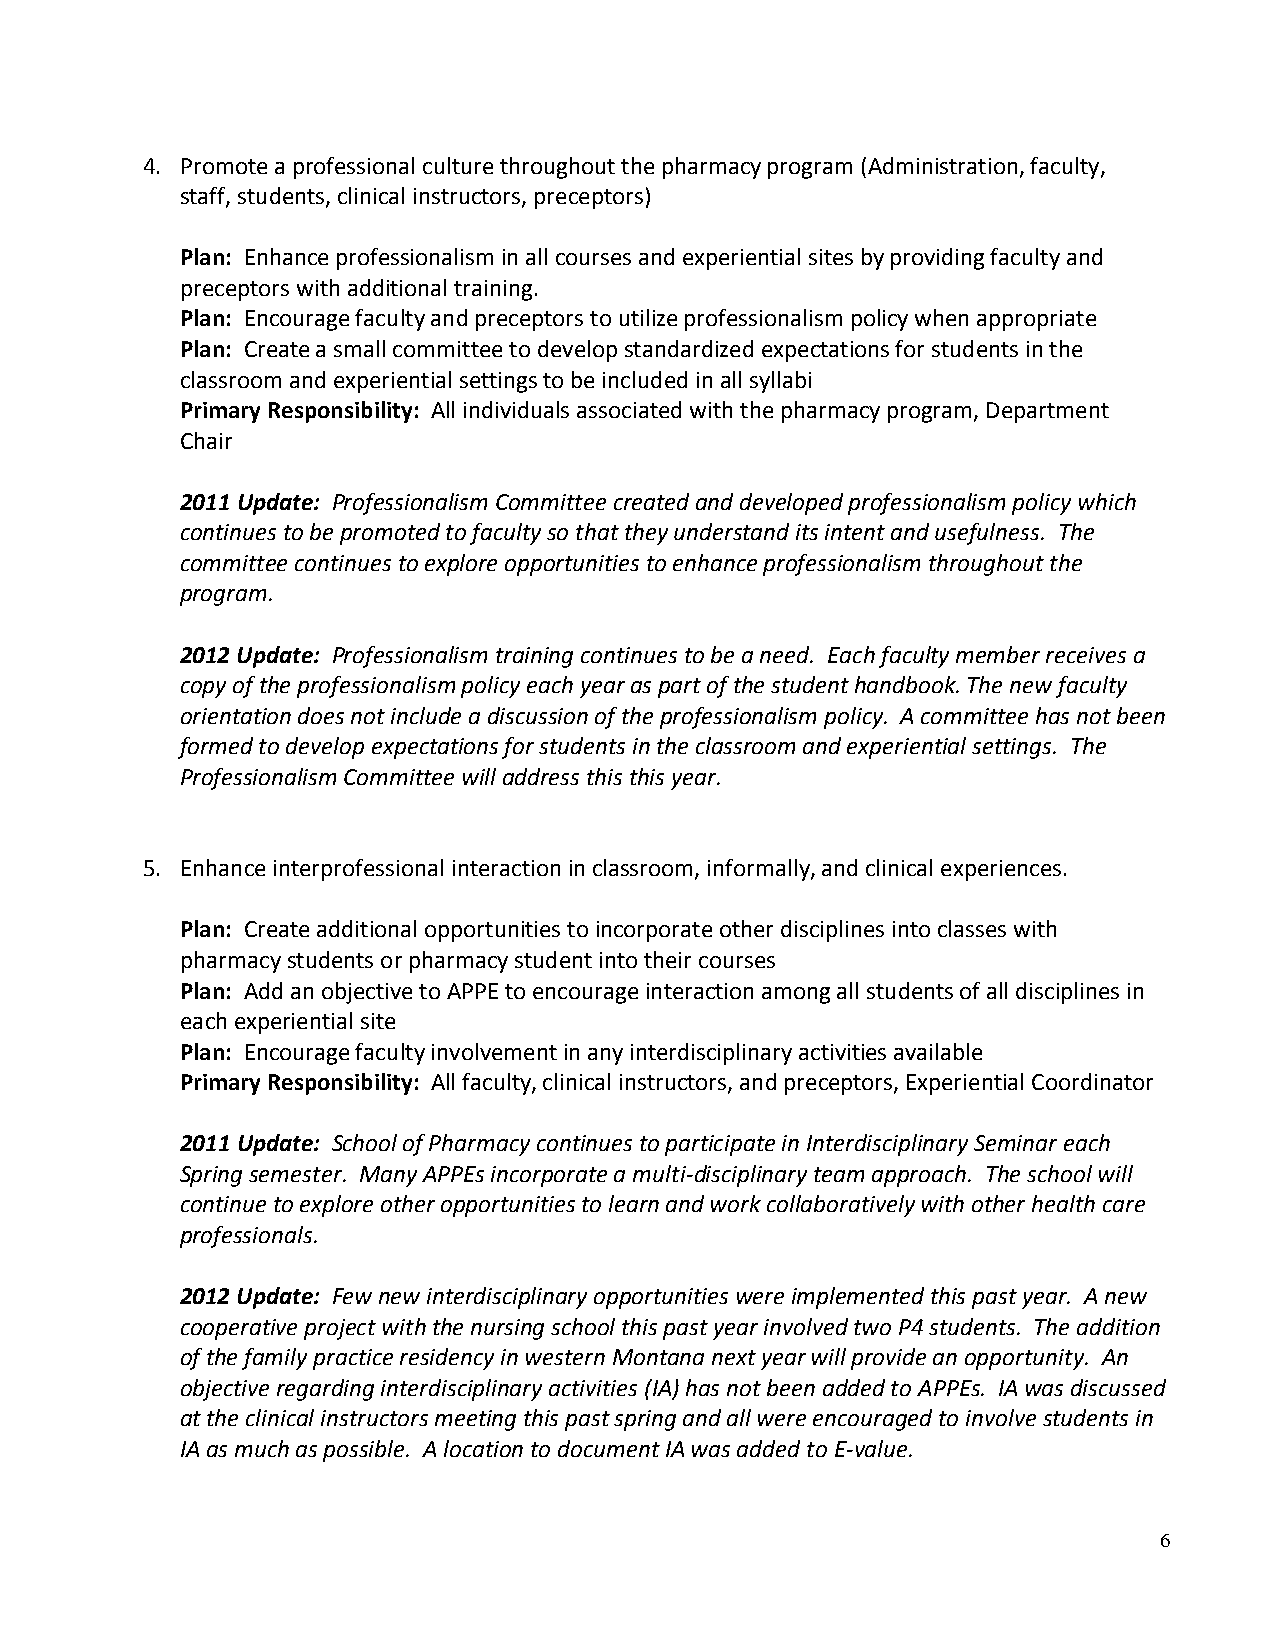
4. Promote a professional culture throughout the pharmacy program (Administration, faculty,
 staff, students, clinical instructors, preceptors)
 Plan: Enhance professionalism in all courses and experiential sites by providing faculty and
 preceptors with additional training.
 Plan: Encourage faculty and preceptors to utilize professionalism policy when appropriate
 Plan: Create a small committee to develop standardized expectations for students in the
 classroom and experiential settings to be included in all syllabi
 Primary Responsibility: All individuals associated with the pharmacy program, Department
 Chair
 2011 Update: Professionalism Committee created and developed professionalism policy which
 continues to be promoted to faculty so that they understand its intent and usefulness. The
 committee continues to explore opportunities to enhance professionalism throughout the
 program.
 2012 Update: Professionalism training continues to be a need. Each faculty member receives a
 copy of the professionalism policy each year as part of the student handbook. The new faculty
 orientation does not include a discussion of the professionalism policy. A committee has not been
 formed to develop expectations for students in the classroom and experiential settings. The
 Professionalism Committee will address this this year.
 5. Enhance interprofessional interaction in classroom, informally, and clinical experiences.
 Plan: Create additional opportunities to incorporate other disciplines into classes with
 pharmacy students or pharmacy student into their courses
 Plan: Add an objective to APPE to encourage interaction among all students of all disciplines in
 each experiential site
 Plan: Encourage faculty involvement in any interdisciplinary activities available
 Primary Responsibility: All faculty, clinical instructors, and preceptors, Experiential Coordinator
 2011 Update: School of Pharmacy continues to participate in Interdisciplinary Seminar each
 Spring semester. Many APPEs incorporate a multi-disciplinary team approach. The school will
 continue to explore other opportunities to learn and work collaboratively with other health care
 professionals.
 2012 Update: Few new interdisciplinary opportunities were implemented this past year. A new
 cooperative project with the nursing school this past year involved two P4 students. The addition
 of the family practice residency in western Montana next year will provide an opportunity. An
 objective regarding interdisciplinary activities (IA) has not been added to APPEs. IA was discussed
 at the clinical instructors meeting this past spring and all were encouraged to involve students in
 IA as much as possible. A location to document IA was added to E-value.
 6